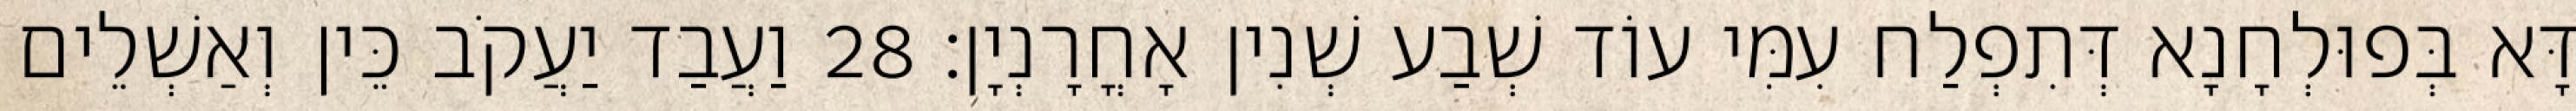
דָּא בְּפוּלְחָנָא דְּתִפְלַח עִמִּי עוֹד שְׁבַע שְׁנִין אָחֳרָנְיָן׃ 28 וַעֲבַד יַעֲקֹב כֵּין וְאַשְׁלֵים